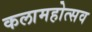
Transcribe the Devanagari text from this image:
कलामहोत्सव